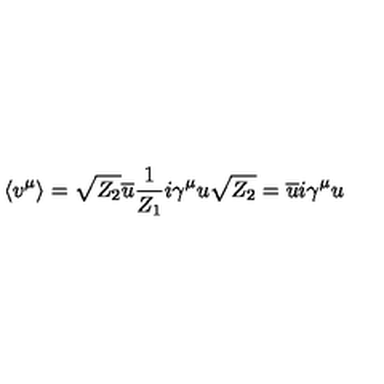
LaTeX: \langle v ^ { \mu } \rangle = \sqrt { Z _ { 2 } } \overline { { u } } { \frac { 1 } { Z _ { 1 } } } i \gamma ^ { \mu } u \sqrt { Z _ { 2 } } = \overline { { u } } i \gamma ^ { \mu } u